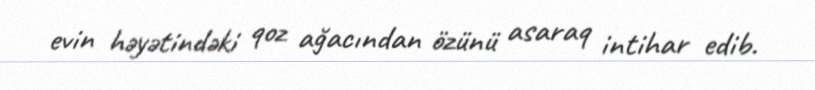
evin həyətindəki qoz ağacından özünü asaraq intihar edib.